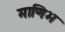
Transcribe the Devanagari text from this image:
माणिभ